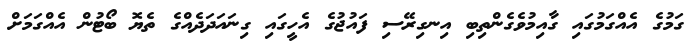
ގަމުގެ އެއްގަމުގައި ގާއިމުވެގެންތިބި އިނގިރޭސި ފައުޖުގެ އެހީގައި ގިނައަދަދެއްގެ ތެޔޮ ބޯޓުން އެއްގަމަށް